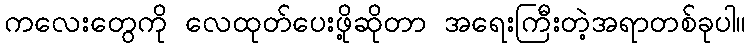
ကလေးတွေကို လေထုတ်ပေးဖို့ဆိုတာ အရေးကြီးတဲ့အရာတစ်ခုပါ။